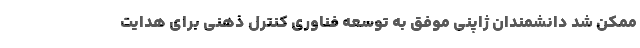
ممکن شد دانشمندان ژاپنی موفق به توسعه فناوری کنترل ذهنی برای هدایت